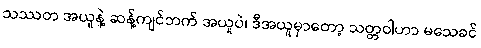
သဿတ အယူနဲ့ ဆန့်ကျင်ဘက် အယူပဲ၊ ဒီအယူမှာတော့ သတ္တဝါဟာ မသေခင်